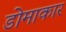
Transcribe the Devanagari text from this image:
डोमाकार